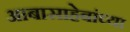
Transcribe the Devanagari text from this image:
आबासाहेबांच्या